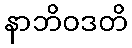
နာဘိဝဒတိ